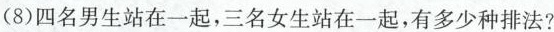
(8)四名男生站在一起，三名女生站在一起，有多少种排法?